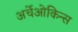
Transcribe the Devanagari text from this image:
अर्चेओकिन्स